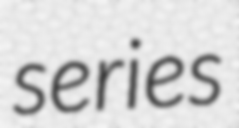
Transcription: series